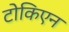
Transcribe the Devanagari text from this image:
टोकिएन